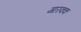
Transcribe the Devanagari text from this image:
मारक्क